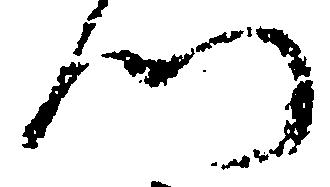
門